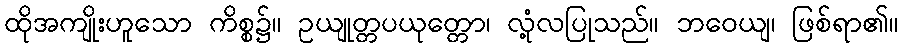
ထိုအကျိုးဟူသော ကိစ္စ၌။ ဥယျုတ္တပယုတ္တော၊ လုံ့လပြုသည်။ ဘဝေယျ၊ ဖြစ်ရာ၏။